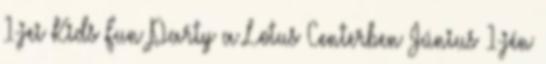
1-jei Kids Fun Party a Lotus Centerben Június 1-jén